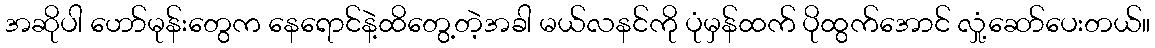
အဆိုပါ ဟော်မုန်းတွေက နေရောင်နဲ့ထိတွေ့တဲ့အခါ မယ်လနင်ကို ပုံမှန်ထက် ပိုထွက်အောင် လှုံ့ဆော်ပေးတယ်။